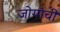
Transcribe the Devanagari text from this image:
जोगांची